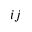
i j